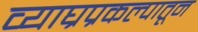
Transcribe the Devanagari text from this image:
व्याघ्रप्रकल्पातून